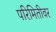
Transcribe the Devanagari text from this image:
परिमितीवर